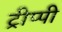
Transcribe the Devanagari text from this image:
ट्रीप्पी